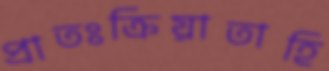
প্রাতঃক্রিয়াতাহি